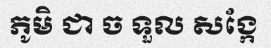
ភូមិ ជា ច ទួល សង្កែ